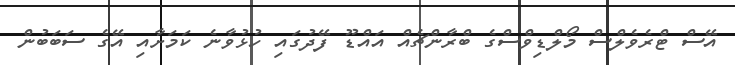
އޭސް ޓްރެވެލްސް މޯލްޑިވްސްގެ ބްރާންޗެއް އައްޑޫ ފޭދުގައި ހުޅުވާނެ ކަމަށާއި އޭގެ ސަބަބުން